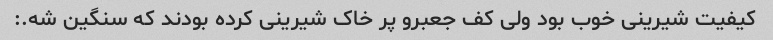
کیفیت شیرینی خوب بود ولی کف جعبرو پر خاک شیرینی کرده بودند که سنگین شه.: